65_HS1-834228961_62-HQ-83894_Section_6
Agency: FBI
Page 107
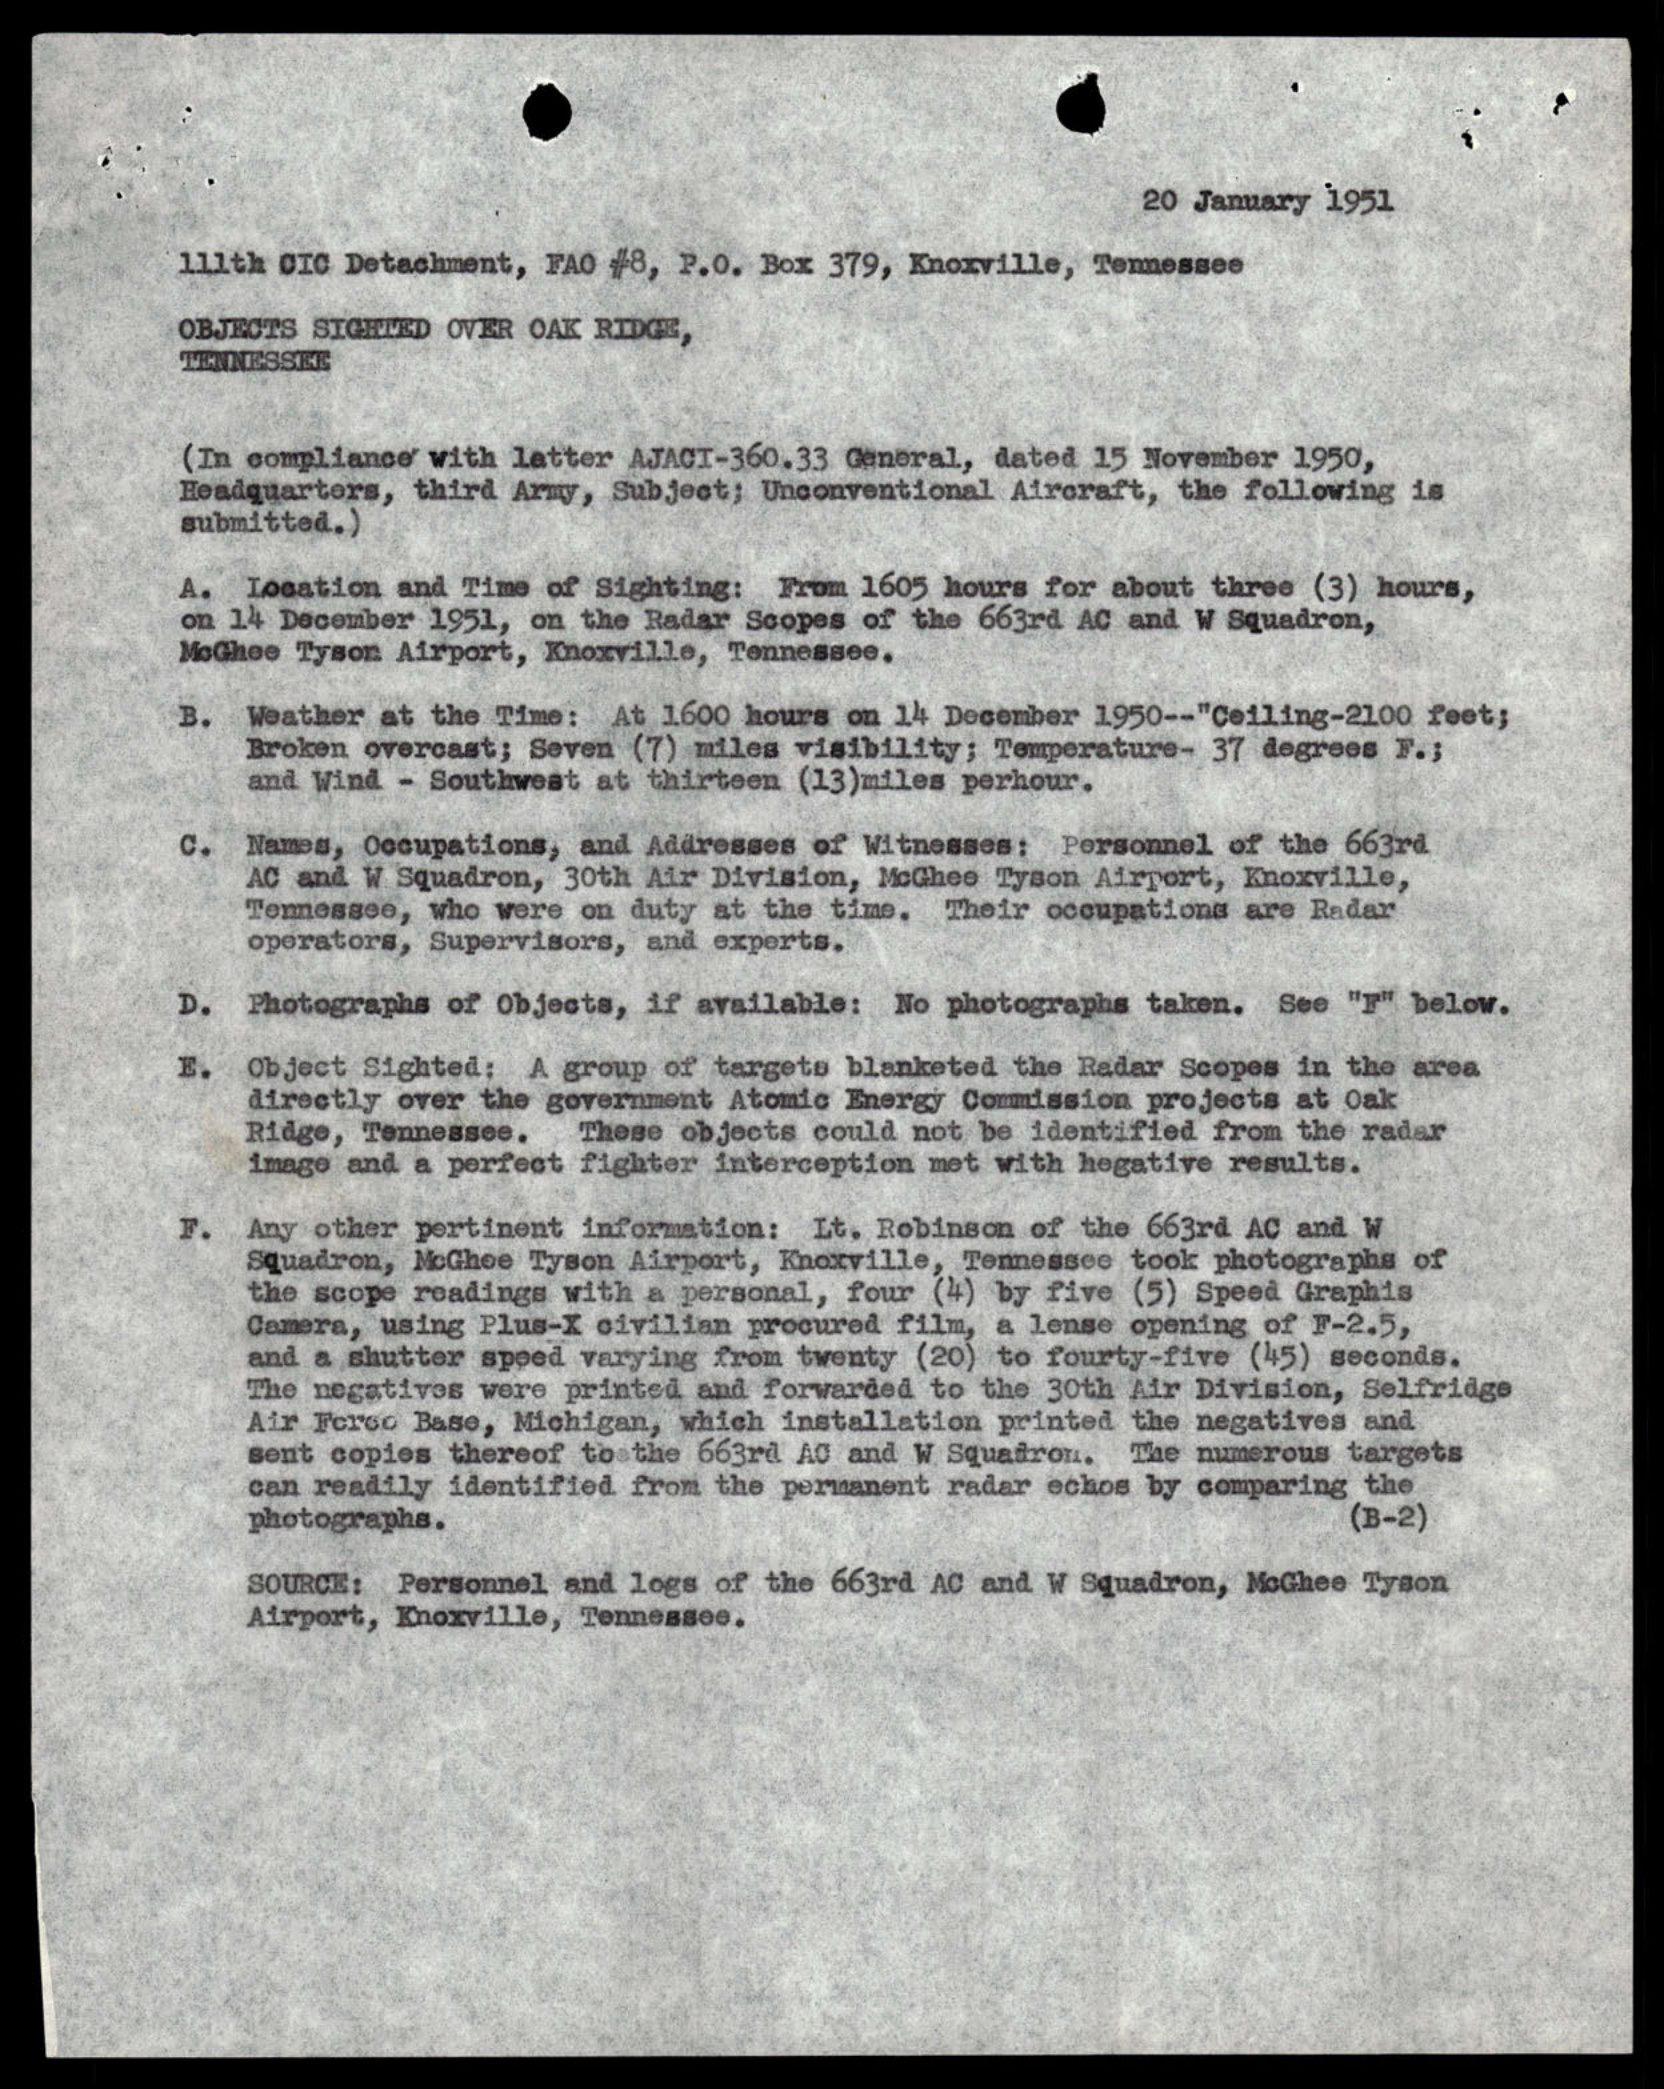